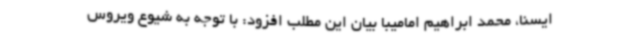
ایسنا، محمد ابراهیم امامیبا بیان این مطلب افزود: با توجه به شیوع ویروس